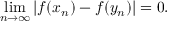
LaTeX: \operatorname* { l i m } _ { n \to \infty } | f ( x _ { n } ) - f ( y _ { n } ) | = 0 .